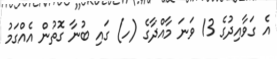
އެ ގަވާއިދުގެ 13 ވަނަ މާއްދާގެ (ހ) ގައި ބުނާ ގޮތުން އެއްގަމު